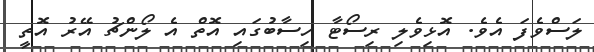
ލަސްވެފަ އެވެ. އޮޅިވެލި ރިސޯޓާ ހިސާބުގައި އޮތް އެ ލޯންޗު އޭރު އޮތީ